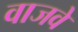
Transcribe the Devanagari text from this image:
वाजवे